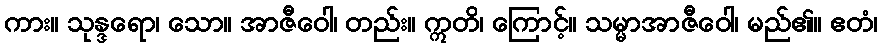
ကား။ သုန္ဒရော၊ သော။ အာဇီဝေါ၊ တည်း။ ဣတိ၊ ကြောင့်။ သမ္မာအာဇီဝေါ၊ မည်၏။ ဧတံ၊